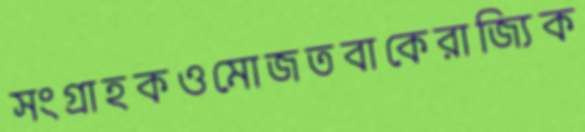
সংগ্রাহকওমোজতবাকেরাজ্যিক